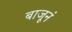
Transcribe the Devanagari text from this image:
बाजूनं